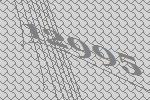
12995